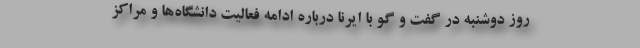
روز دوشنبه در گفت و گو با ایرنا درباره ادامه فعالیت دانشگاه‌ها و مراکز